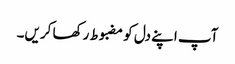
آپ اپنے دل کو مضبوط رکھا کریں۔